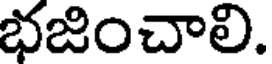
భజించాలి.